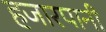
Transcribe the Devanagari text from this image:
हजारपानी